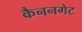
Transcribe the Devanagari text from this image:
कैननगेट